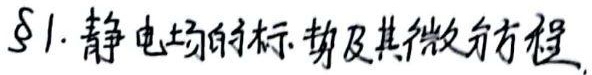
\(\S 1\). 静电场的标势及其微分方程